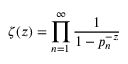
\zeta ( z ) = \prod _ { n = 1 } ^ { \infty } { \frac { 1 } { 1 - p _ { n } ^ { - z } } }